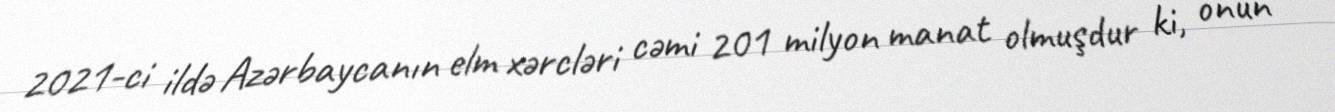
2021-ci ildə Azərbaycanın elm xərcləri cəmi 201 milyon manat olmuşdur ki, onun